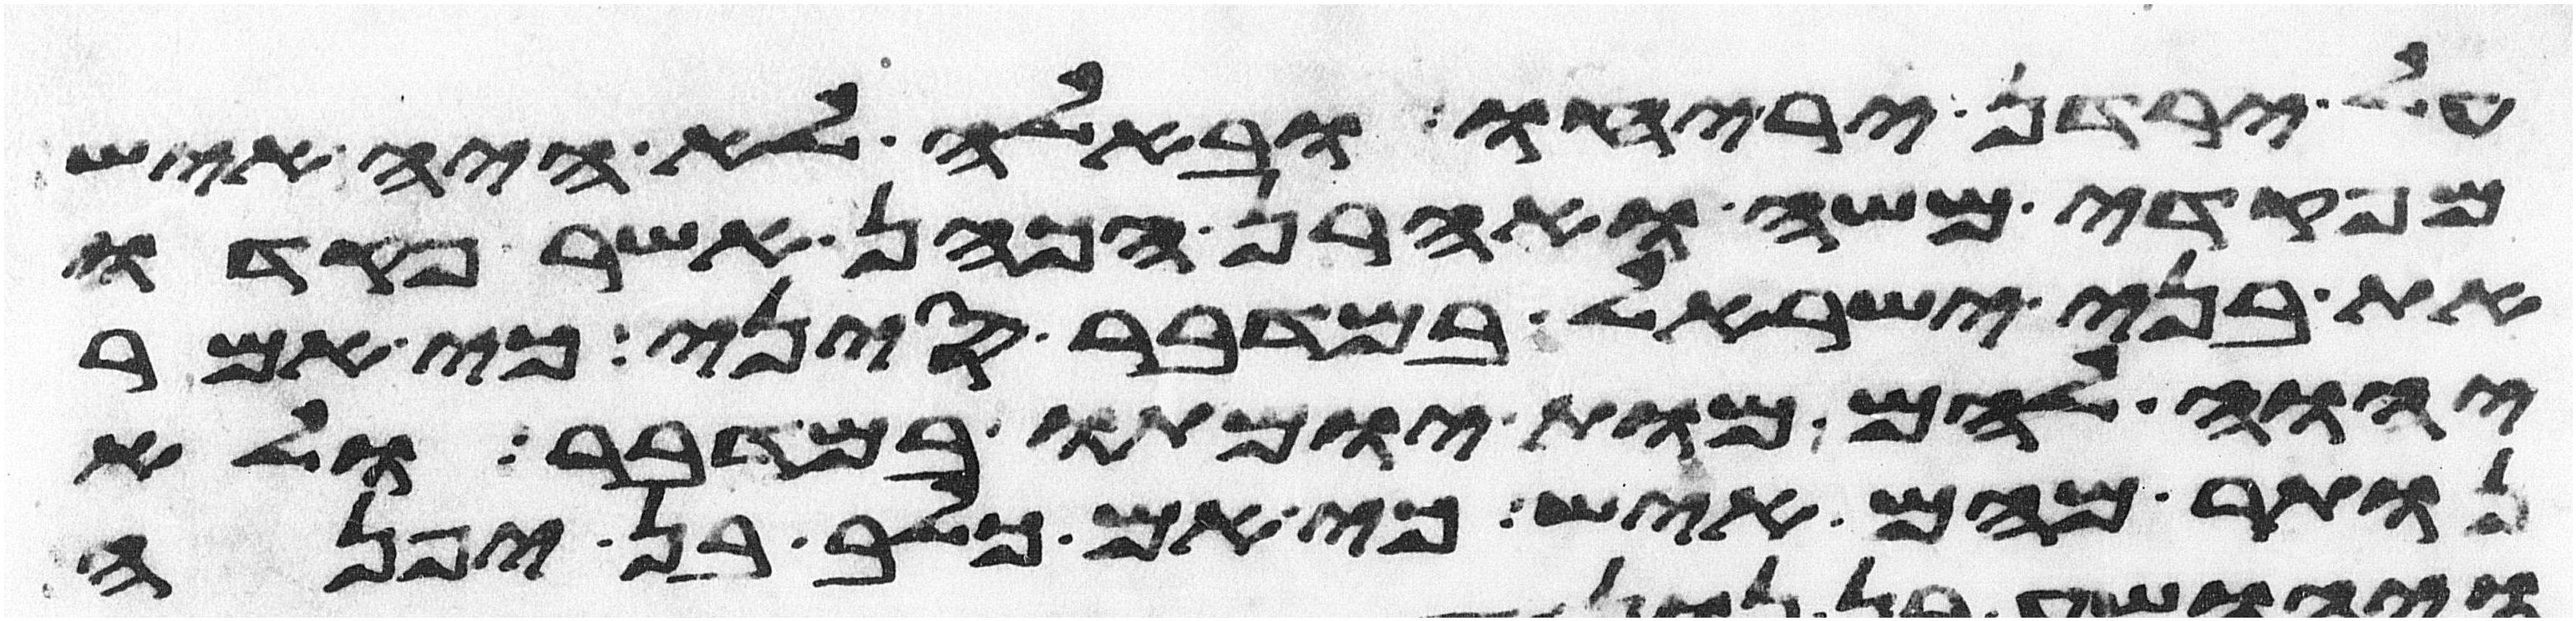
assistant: על ירדן יריחו ובאלה לא היה איש
מפקדי משה ואהרן הכהן אשר פקדו
את בני ישראל במדבר סיני כי אמר
יהוה להם מות ימותו במדבר ולא
נותר מהם איש כי אם כלב בן יפנה